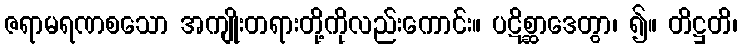
ဇရာမရဏစသော အကျိုးတရားတို့ကိုလည်းကောင်း။ ပဋိစ္ဆာဒေတွာ၊ ၍။ တိဋ္ဌတိ၊